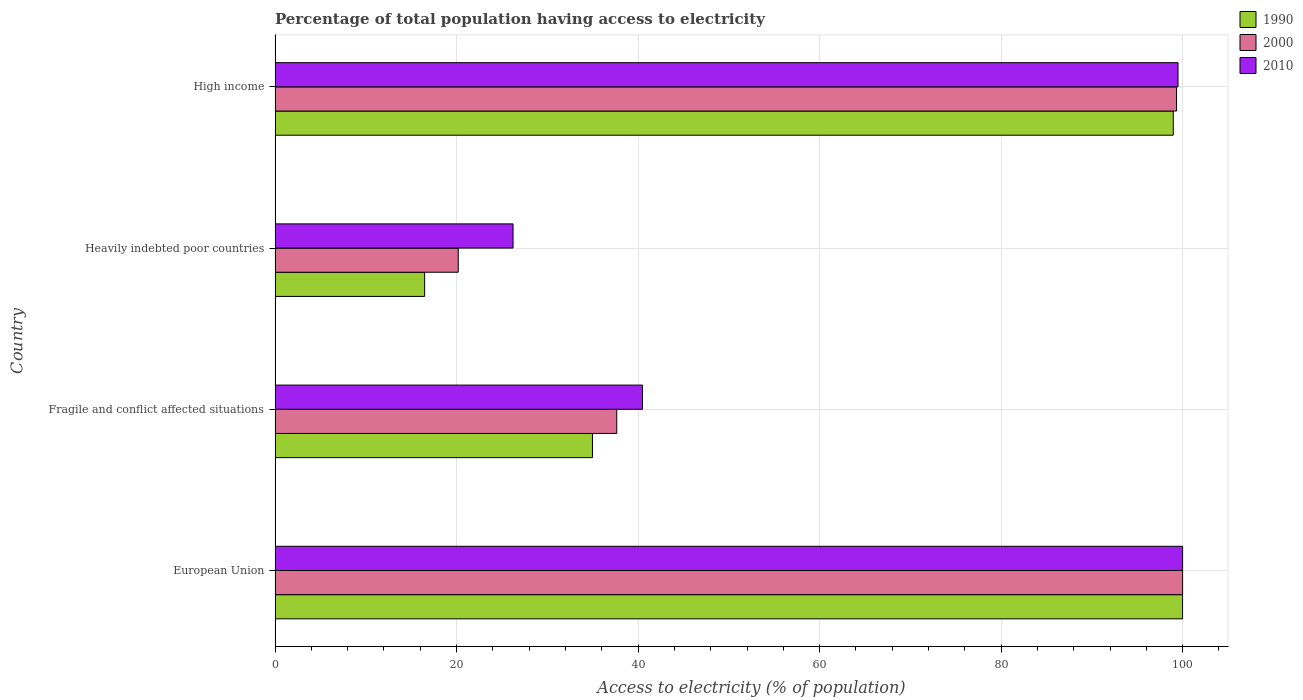
| Country | 1990 | 2000 | 2010 |
 | --- | --- | --- | --- |
 | European Union | 100 | 100 | 100 |
 | Fragile and conflict affected situations | 35 | 37.6 | 40.5 |
 | Heavily indebted poor countries | 16.5 | 20.2 | 26.2 |
 | High income | 99 | 99.3 | 99.5 |